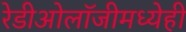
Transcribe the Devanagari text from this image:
रेडीओलॉजीमध्येही